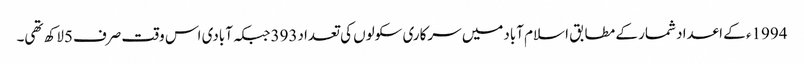
1994ء کے اعداد شمار کے مطابق اسلام آبادمیں سرکاری سکولوں کی تعداد393جبکہ آبادی اس وقت صرف5لاکھ تھی۔